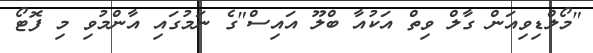
"މޯލްޑިވިއަން ގާލް ވިތް އަކުއާ ބްލޫ އައިސް"ގެ ނަމުގައި އާންމުވި މި ފޮޓޯ